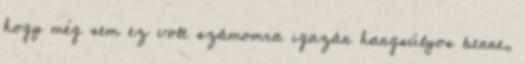
hogy még sem ez volt számomra igazán hangsúlyos benne,